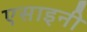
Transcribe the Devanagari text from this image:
एसाइनी